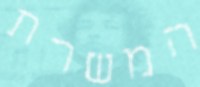
המשרת